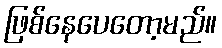
ဖြစ်နေပေတော့မည်။